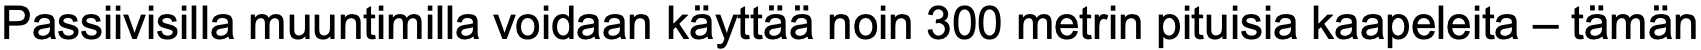
Passiivisilla muuntimilla voidaan käyttää noin 300 metrin pituisia kaapeleita – tämän